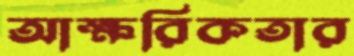
আক্ষরিকতার